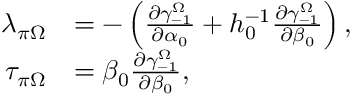
\begin{array} { r l } { \lambda _ { \pi \Omega } } & { = - \left( \frac { \partial \gamma _ { - 1 } ^ { \Omega } } { \partial \alpha _ { 0 } } + h _ { 0 } ^ { - 1 } \frac { \partial \gamma _ { - 1 } ^ { \Omega } } { \partial \beta _ { 0 } } \right) , } \\ { \tau _ { \pi \Omega } } & { = \beta _ { 0 } \frac { \partial \gamma _ { - 1 } ^ { \Omega } } { \partial \beta _ { 0 } } , } \end{array}